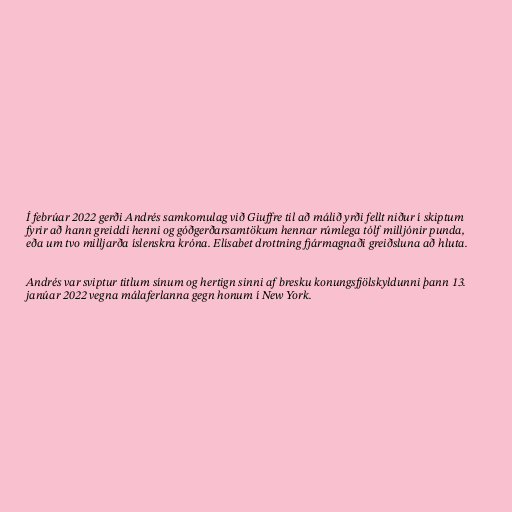
Í febrúar 2022 gerði Andrés samkomulag við Giuffre til að málið yrði fellt niður í skiptum
fyrir að hann greiddi henni og góðgerðarsamtökum hennar rúmlega tólf milljónir punda,
eða um tvo milljarða íslenskra króna. Elísabet drottning fjármagnaði greiðsluna að hluta.

Andrés var sviptur titlum sínum og her­ti­gn sinni af bresku konungsfjölskyldunni þann 13.
janúar 2022 vegna málaferlanna gegn honum í New York.